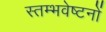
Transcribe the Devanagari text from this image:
स्तम्भवेष्टनों